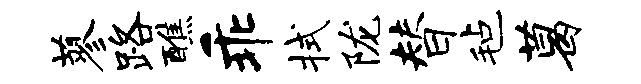
蓼路醮乖拭陇替毡葛